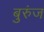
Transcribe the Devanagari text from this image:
बुरुंज